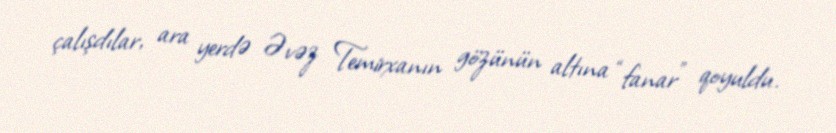
çalışdılar, ara yerdə Əvəz Temirxanın gözünün altına “fanar” qoyuldu.